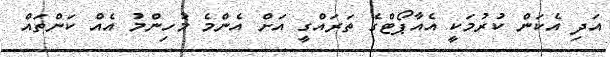
އަދި އެކަން ކުރުމަކީ އެއާޕޯޓްގެ ތަރައްގީ އަށް އެންމެ މުހިންމު އެއް ކަންތައް